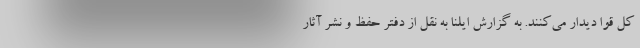
کل قوا دیدار می‌کنند. به گزارش ایلنا به نقل از دفتر حفظ و نشر آثار